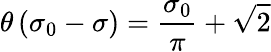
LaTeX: \theta\left(\sigma_{0}-\sigma\right)=\frac{\sigma_{0}}{\pi}+\sqrt{2}